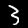
Label: 3